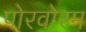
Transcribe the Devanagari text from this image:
पोरवोरम